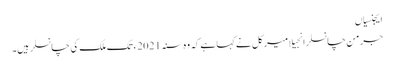
ایجنسیاں
جرمن چانسلر انجیلا میرکل نے کہا ہے کہ وہ سنہ 2021ء تک ملک کی چانسلر ہیں۔